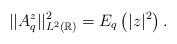
LaTeX: \begin{align*}||A_q^z||^2_{L^2(\mathbb R)}=E_q\left(|z|^2\right).\end{align*}